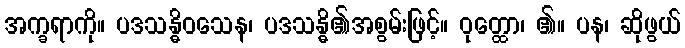
အက္ခရာကို။ ပဒသန္ဓိဝသေန၊ ပဒသန္ဓိ၏အစွမ်းဖြင့်။ ဝုတ္ထော၊ ၏။ ပန၊ ဆိုဖွယ်